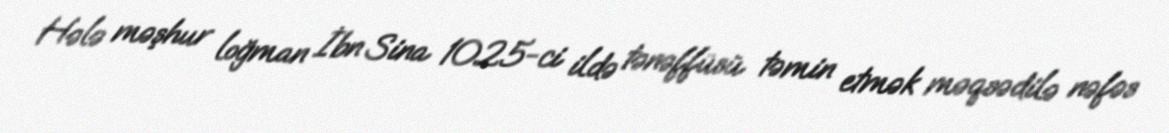
Hələ məşhur loğman İbn Sina 1025-ci ildə tənəffüsü təmin etmək məqsədilə nəfəs